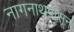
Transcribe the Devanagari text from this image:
नागनाथपासून